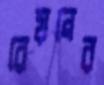
রেয়নের